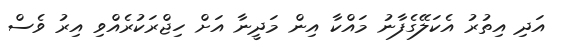
އަދި އިތުރު އެކަލޭގެފާނު މައްކާ އިން މަދީނާ އަށް ހިޖްރަކުރެއްވި އިރު ވެސް